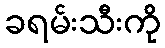
ခရမ်းသီးကို